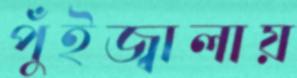
পুঁইজ্বালায়